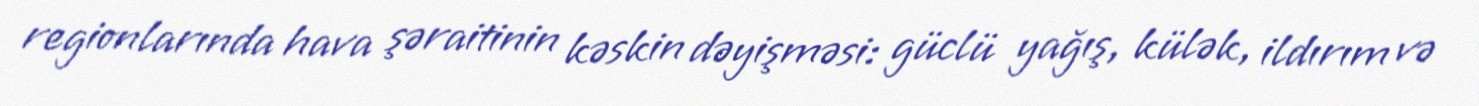
regionlarında hava şəraitinin kəskin dəyişməsi: güclü yağış, külək, ildırım və